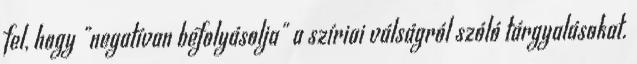
fel, hogy "negatívan befolyásolja" a szíriai válságról szóló tárgyalásokat.